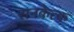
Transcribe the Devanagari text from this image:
सनकेत्क